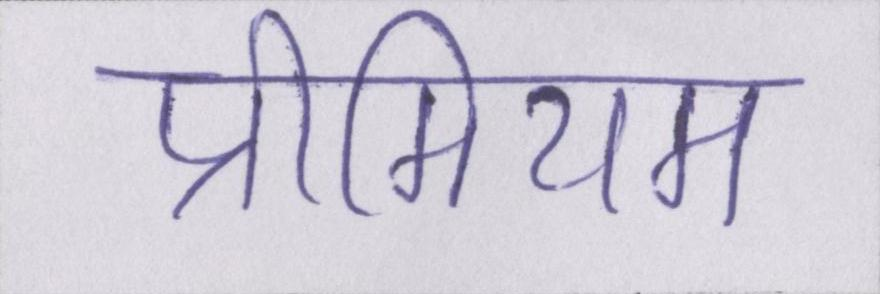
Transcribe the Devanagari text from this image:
प्रीमियम